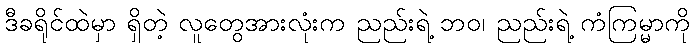
ဒီခရိုင်ထဲမှာ ရှိတဲ့ လူတွေအားလုံးက ညည်းရဲ့ ဘဝ၊ ညည်းရဲ့ ကံကြမ္မာကို